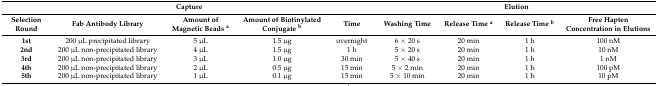
<table><thead><tr><td colspan="5"><b>Capture</b></td><td colspan="4"><b>Elution</b></td></tr><tr><td><b>Selection Round</b></td><td><b>Fab Antibody Library</b></td><td><b>Amount of Magnetic Beads <sup>a</sup></b></td><td><b>Amount of Biotinylated Conjugate <sup>b</sup></b></td><td><b>Time</b></td><td><b>Washing Time</b></td><td><b>Release Time <sup>a</sup></b></td><td><b>Release Time <sup>b</sup></b></td><td><b>Free Hapten Concentration in Elutions</b></td></tr></thead><tbody><tr><td><b>1st</b></td><td>200 μL precipitated library</td><td>5 μL</td><td>1.5 μg</td><td>overnight</td><td>6 × 20 s</td><td>20 min</td><td>1 h</td><td>100 nM</td></tr><tr><td><b>2nd</b></td><td>200 μL non-precipitated library</td><td>4 μL</td><td>1.5 μg</td><td>1 h</td><td>5 × 20 s</td><td>20 min</td><td>1 h</td><td>10 nM</td></tr><tr><td><b>3rd</b></td><td>200 μL non-precipitated library</td><td>3 μL</td><td>1.0 μg</td><td>30 min</td><td>5 × 40 s</td><td>20 min</td><td>1 h</td><td>1 nM</td></tr><tr><td><b>4th</b></td><td>200 μL non-precipitated library</td><td>2 μL</td><td>0.5 μg</td><td>15 min</td><td>5 × 2 min</td><td>20 min</td><td>1 h</td><td>100 pM</td></tr><tr><td><b>5th</b></td><td>200 μL non-precipitated library</td><td>1 μL</td><td>0.1 μg</td><td>15 min</td><td>5 × 10 min</td><td>20 min</td><td>1 h</td><td>10 pM</td></tr></tbody></table>